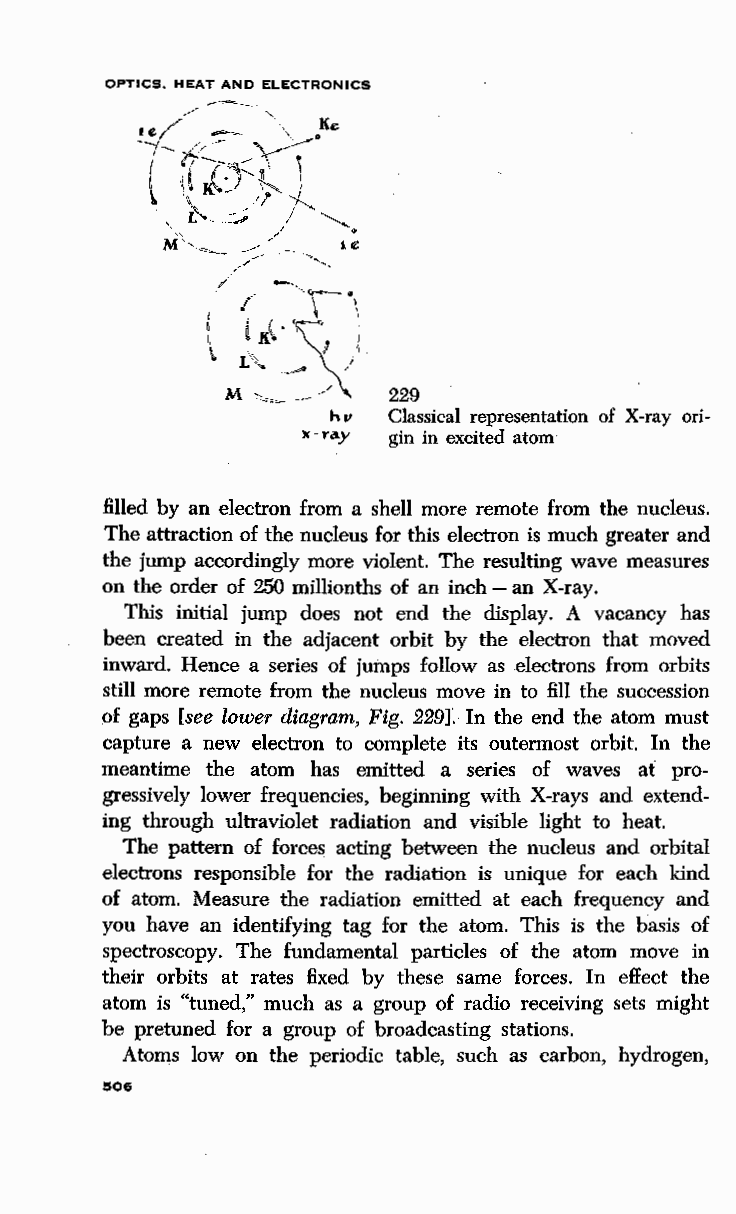
OPTICS. HEAT AND ELECTRONICS
 229
 hv  Classical representation of X-ray ori
 "-ray gin in excited atom
 filled by an electron from a shell more remote from the nucleus.
 The attraction of the nucleus for this electron is much greater and
 the jump accordingly more violent. The resulting wave measures
 on the order of 250 millionths of an inch-an X-ray.
 This initial jump does not end the display. A vacancy has
 been created in the adjacent orbit by the electron that moved
 inward. Hence a series of jumps follow as electrons from orbits
 still more remote from the nucleus move in to fill the succession
 of gaps [see lower diagram, Fig. 229]. In the end the atom must
 capture a new electron to complete its outermost orbit. In the
 meantime the atom has emitted a series of waves at pro
 gressively lower frequencies, beginning with X-rays and extend
 ing through ultraviolet radiation and visible light to heat.
 The pattern of forces acting between the nucleus and orbital
 electrons responsible for the radiation is unique for each kind
 of atom. Measure the radiation emitted at each frequency and
 you have an identifying tag for the atom. This is the basis of
 spectroscopy. The fundamental particles of the atom move in
 their orbits at rates fixed by these same forces. In effect the
 atom is "tuned," much as a group of radio receiving sets might
 be pretuned for a group of broadcasting stations.
 Atoms low on the periodic table, such as carbon, hydrogen,
 506